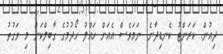
ދިއުން. ކަރަންޓު ކެނޑިދާނެ. ނަމަވެސް އެއަށް ހައްލު ހޯދުމުގެ ގާބިލްކަން މި ވަގުތު